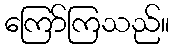
ကြော်ကြသည်။